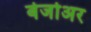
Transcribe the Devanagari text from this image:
बेजोअर